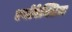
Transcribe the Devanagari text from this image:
एनोरेक्सिक